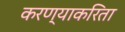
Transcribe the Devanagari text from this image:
करण्‍याकरिता